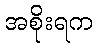
အစိုးရက